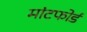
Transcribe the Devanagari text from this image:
मांटफोर्ड